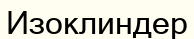
Изоклиндер